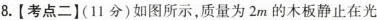
8.【考点二】(11分)如图所示，质量为2m的木板静止在光